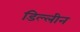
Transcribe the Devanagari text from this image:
डिल्लीन